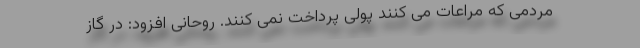
مردمی که مراعات می کنند پولی پرداخت نمی کنند. روحانی افزود: در گاز